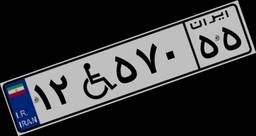
۴۴W۹۳۴۳۱